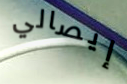
إيصالي